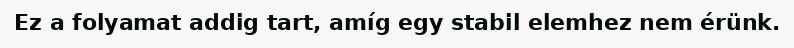
Ez a folyamat addig tart, amíg egy stabil elemhez nem érünk.